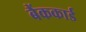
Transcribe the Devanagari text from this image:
बैंककार्ड